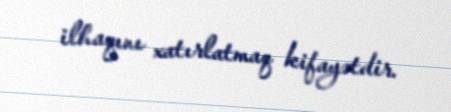
ilhaqını xatırlatmaq kifayətdir.